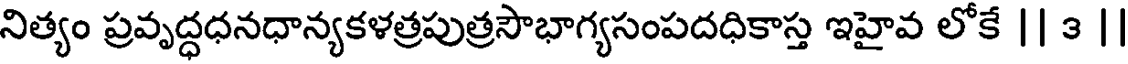
నిత్యం ప్రవృద్ధధనధాన్యకళత్రపుత్రసౌభాగ్యసంపదధికాస్త ఇహైవ లోకే || 3 |